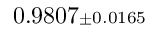
0 . 9 8 0 7 { \scriptstyle \pm 0 . 0 1 6 5 }